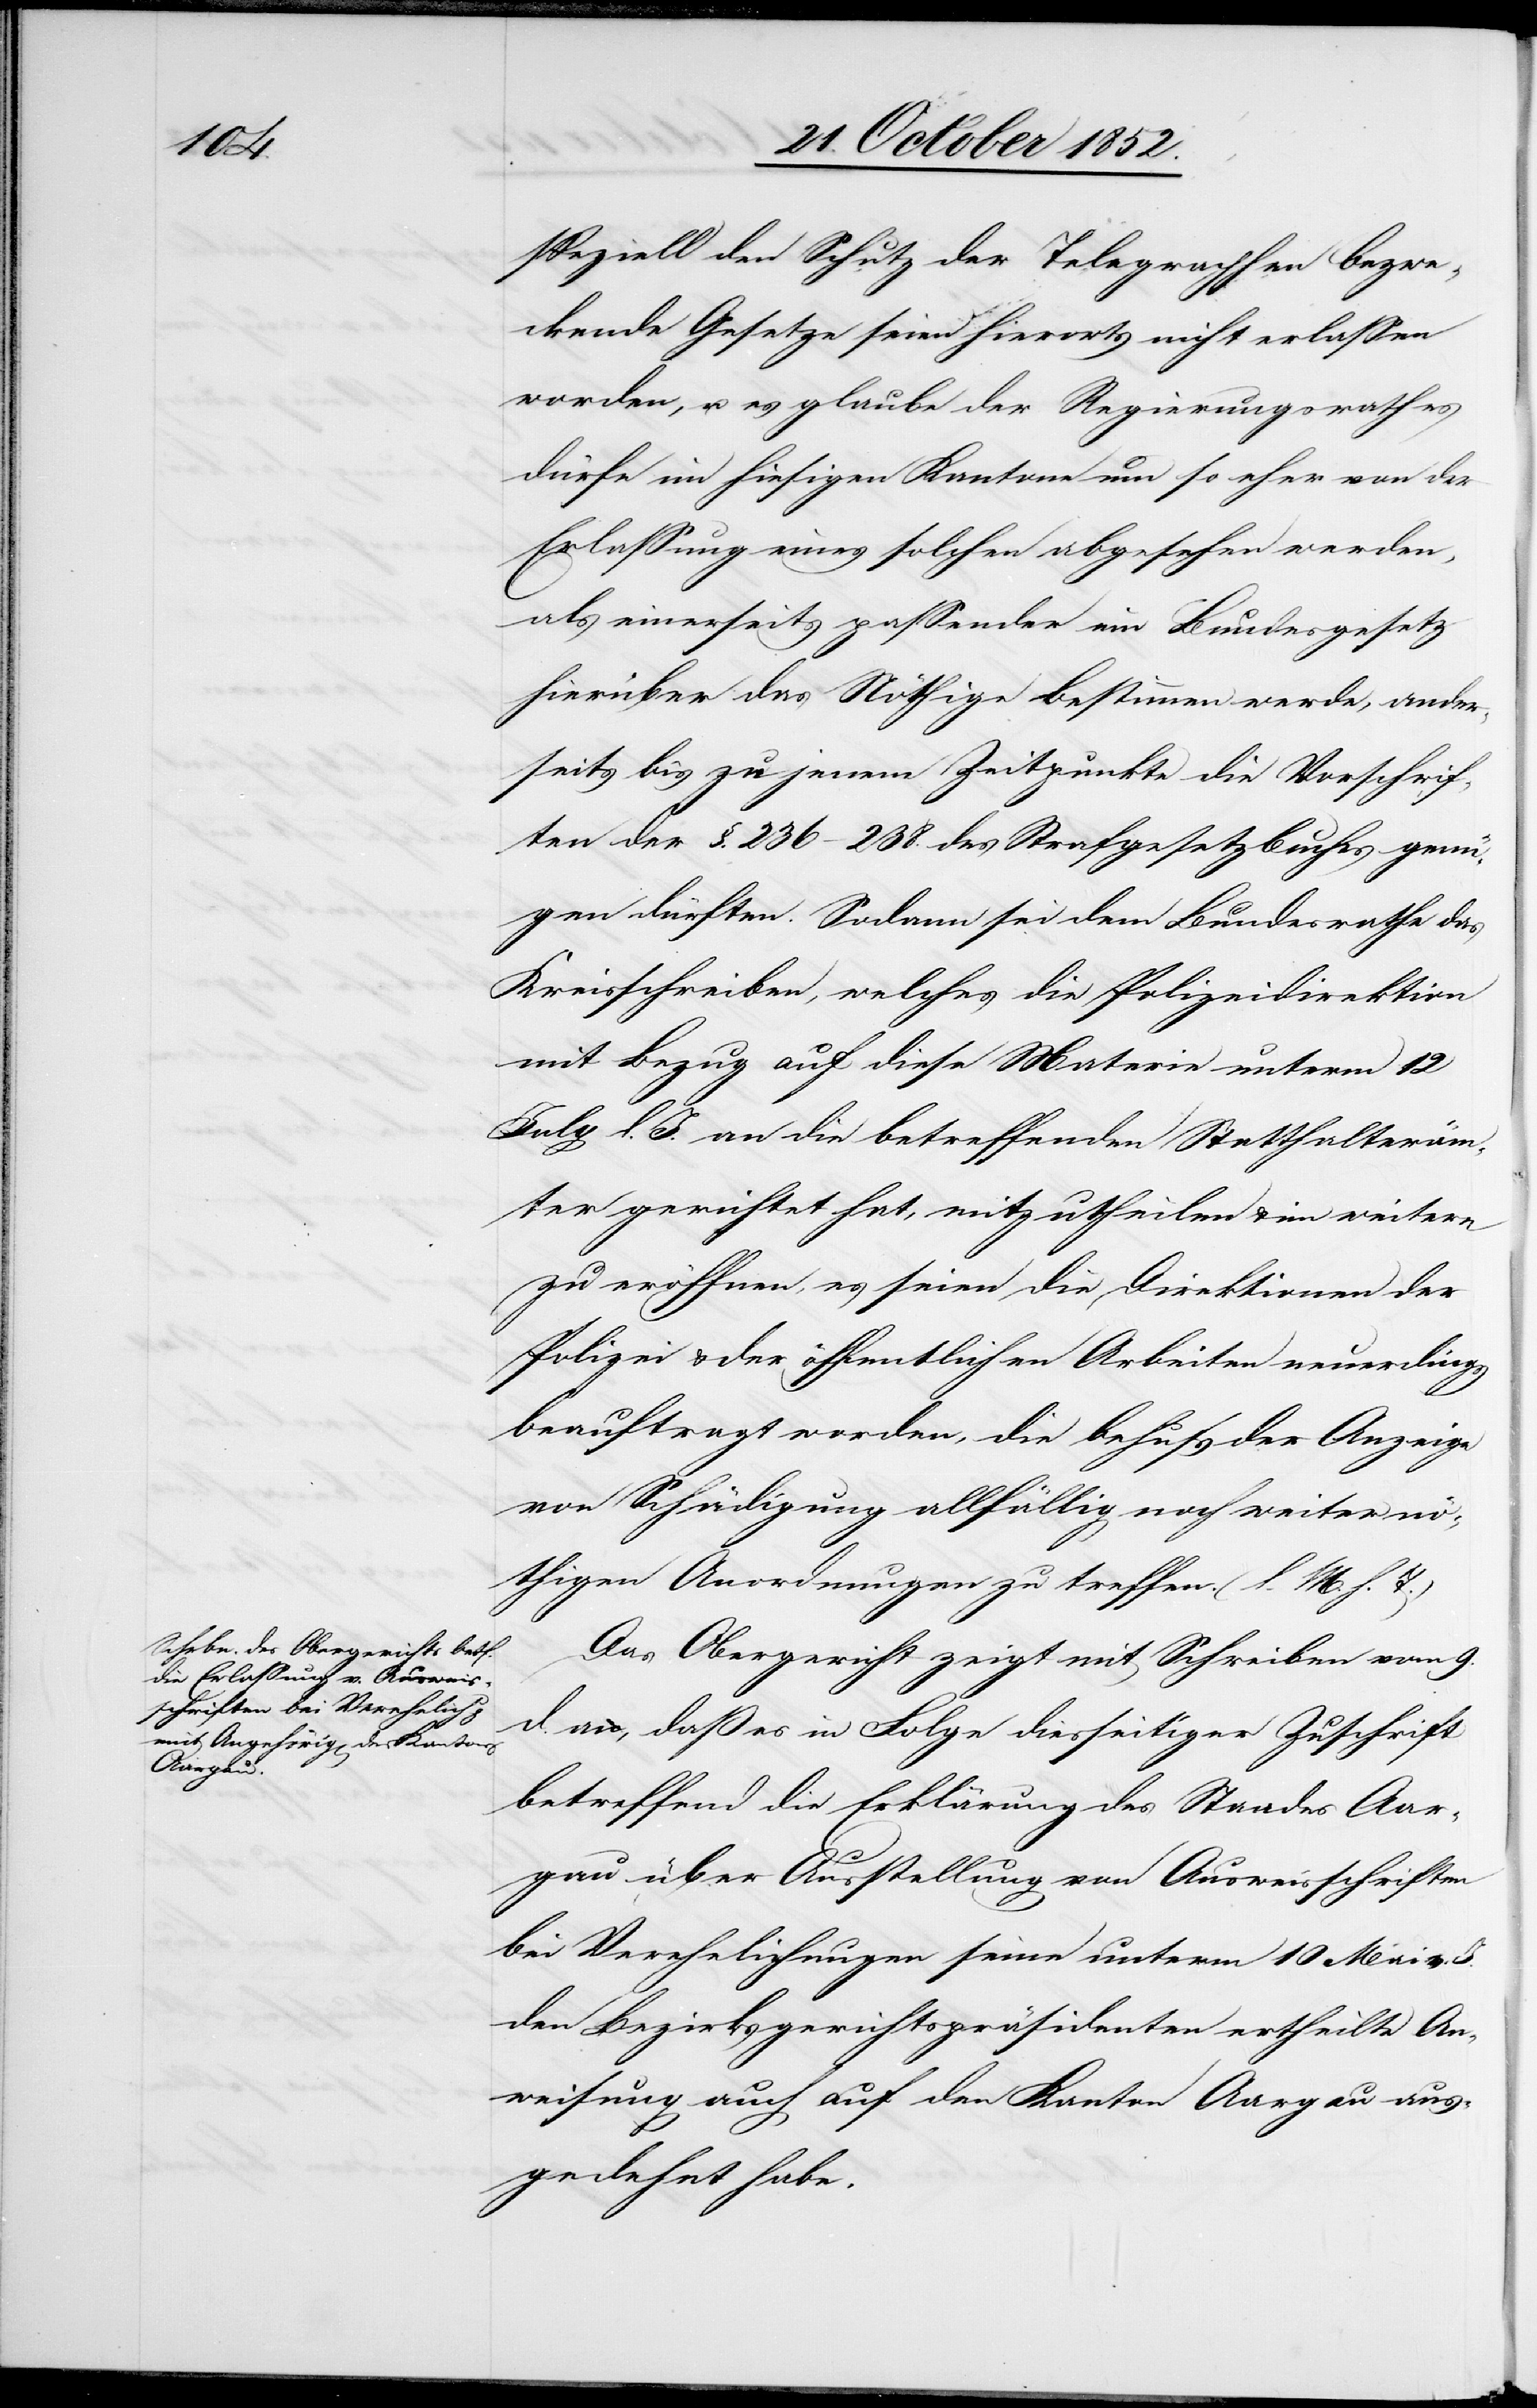
speziell den Schutz der Telegraphen bezwe¬
ckende Gesetze seien hierorts nicht erlassen
worden, u. es glaube der Regierungsrath es
dürfe im hiesigen Kantone um so eher von der
Erlassung eines solchen abgesehen werden,
als einerseits passender ein Bundesgesetz
hierüber das Nöthige bestimmen werde, ander¬
seits bis zu jenem Zeitpunkte die Vorschrif¬
ten der §. 236–238. des Strafgesetzbuches genü¬
gen dürften. Sodann sei dem Bundesrathe das
Kreisschreiben, welches die Polizeidirektion
mit Bezug auf diese Materie unterm 12
July l. J. an die betreffenden Statthalteräm¬
ter gerichtet hat, mitzutheilen & im weitern
zu eröffnen, es seien die Direktionen der
Polizei & der öffentlichen Arbeiten neuerdings
beauftragt worden, die behufs der Anzeige
von Schädigung allfällig noch weiter nö¬
thigen Anordnungen zu treffen. (l. M. h. T.)
Das Obergericht zeigt mit Schreiben vom 9.
d. an, daß es in Folge diesseitiger Zuschrift
betreffend die Erklärung des Standes Aar¬
gau über Ausstellung von Ausweisschriften
bei Verehelichungen seine unterm 10 Mai v.
den Bezirksgerichtspräsidenten ertheilte An¬
weisung auch auf den Kanton Aargau aus¬
gedehnt habe.